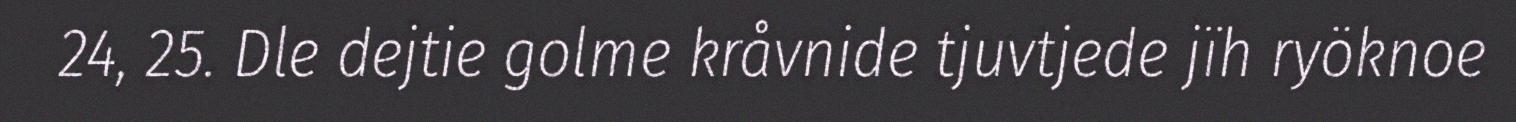
24, 25. Dle dejtie golme kråvnide tjuvtjede jïh ryöknoe